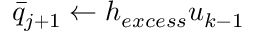
\bar { q } _ { j + 1 } \leftarrow h _ { e x c e s s } u _ { k - 1 }